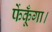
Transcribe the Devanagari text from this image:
फेंकूँगा।